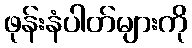
ဖုန်းနံပါတ်များကို